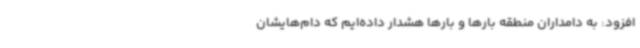
افزود: به دامداران منطقه بارها و بارها هشدار داده‌ایم که دام‌هایشان